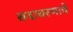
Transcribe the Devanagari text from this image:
सदाचरणाचे